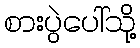
စားပွဲပေါ်သို့